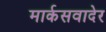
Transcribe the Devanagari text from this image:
मार्कसवादेर